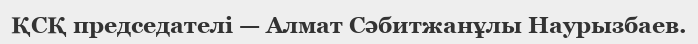
ҚСҚ председателі — Алмат Сәбитжанұлы Наурызбаев.